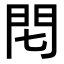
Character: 𨳍